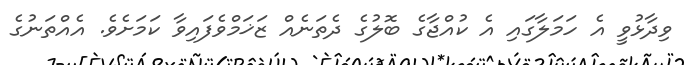
ވިދާޅުވީ އެ ހަމަލާގައި އެ ކުއްޖާގެ ބޮލުގެ ދެތަނެއް ޒަޚަމްވެފައިވާ ކަމަށެވެ. އެއްތަނުގެ